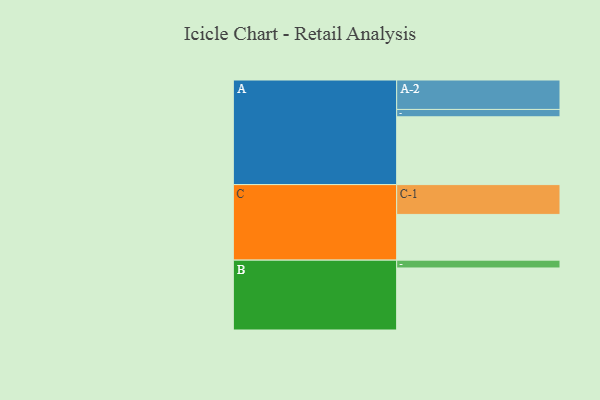
{"axis": {"x": "Segment", "y": "Value"}, "legend": ["", "A", "B", "C"], "data": [{"x": "A", "y": 562, "type": ""}, {"x": "B", "y": 514, "type": ""}, {"x": "C", "y": 379, "type": ""}, {"x": "A-1", "y": 61, "type": "A"}, {"x": "A-2", "y": 244, "type": "A"}, {"x": "B-1", "y": 65, "type": "B"}, {"x": "C-1", "y": 247, "type": "C"}]}